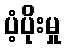
ပံ့ပိုးမှု